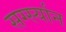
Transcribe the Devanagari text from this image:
सर्ग्स्यान